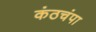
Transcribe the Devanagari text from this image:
कंठचंपा